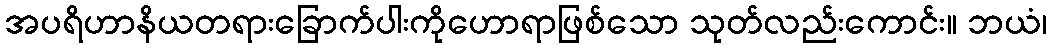
အပရိဟာနိယတရားခြောက်ပါးကိုဟောရာဖြစ်သော သုတ်လည်းကောင်း။ ဘယံ၊